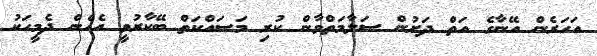
އަހަރެން އޭނާގެ އަތް ދަށުން ސަލާމަތްވާން ކުރި މަސައްކަތް ބޭކާރުވީ އެހެން ދެމީހަކު